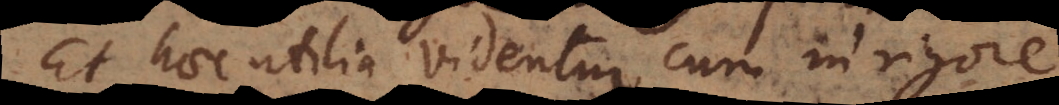
Et haec utilia videntur cum in rigore